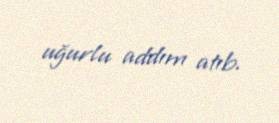
uğurlu addım atıb.